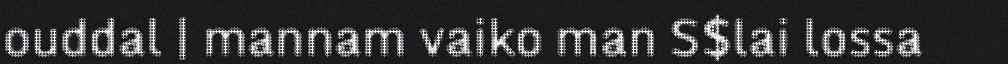
ouddal | mannam vaiko man S$lai lossa